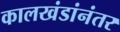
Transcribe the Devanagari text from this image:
कालखंडांनंतर